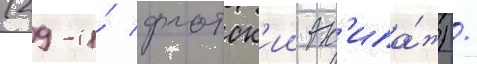
(29-и́ флотск'ии эк'ипа́ж) /